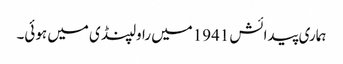
ہماری پیدائش 1941میں راولپنڈی میں ہوئی۔